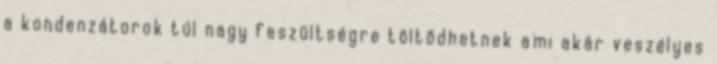
a kondenzátorok túl nagy feszültségre töltõdhetnek ami akár veszélyes